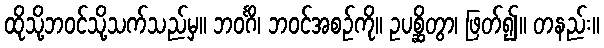
ထိုသို့ဘဝင်သို့သက်သည်မှ။ ဘဝင်္ဂိ၊ ဘဝင်အစဉ်ကို။ ဥပစ္ဆိတွာ၊ ဖြတ်၍။ တနည်း။